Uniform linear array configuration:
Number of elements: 64
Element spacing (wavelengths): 0.5
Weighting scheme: cosine
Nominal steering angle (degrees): -30
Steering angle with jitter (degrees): -29.306
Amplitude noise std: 0.05
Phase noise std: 0.05

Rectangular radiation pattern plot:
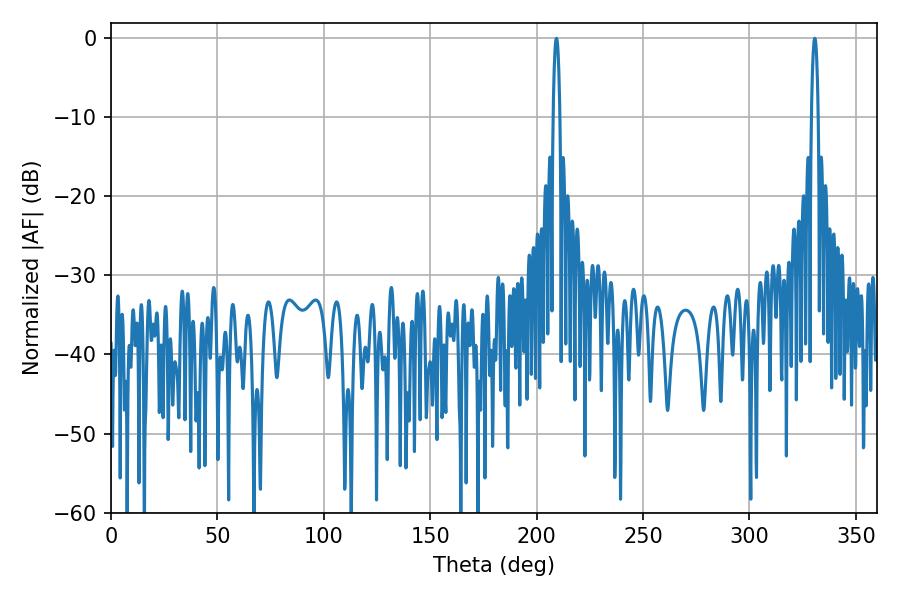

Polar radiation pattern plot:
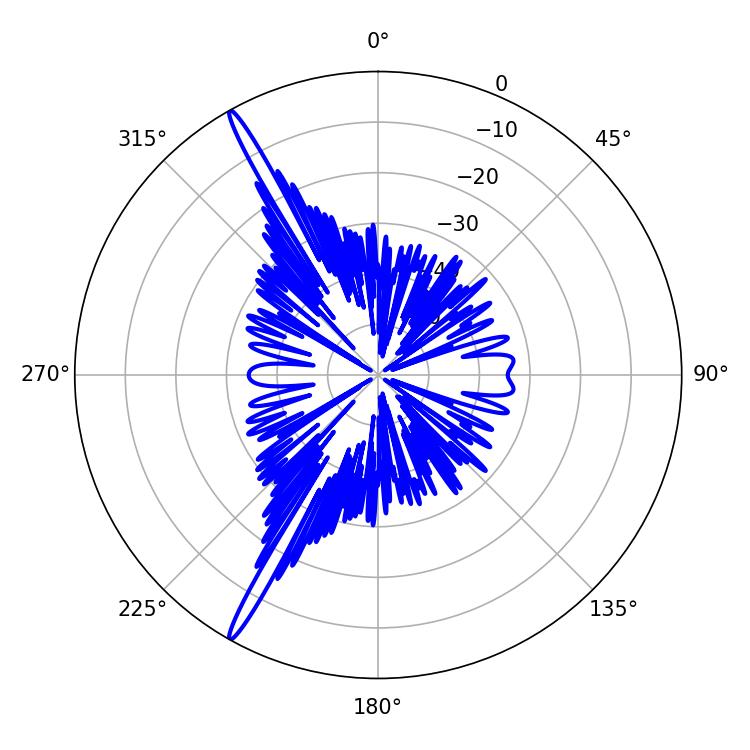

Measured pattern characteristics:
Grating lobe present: FALSE
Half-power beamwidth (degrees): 1.8
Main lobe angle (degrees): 330.66